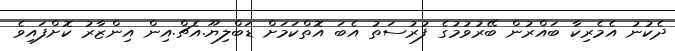
ދެކުނު އެމެރިކާ ބައްރުން ބޭރުވުމުގެ ފުރުސަތު އެބަ އޮތްކަމަށް ޑަބްލިޔޫ.އެޗް.އިން އިންޒާރު ކޮށްފައިވެ